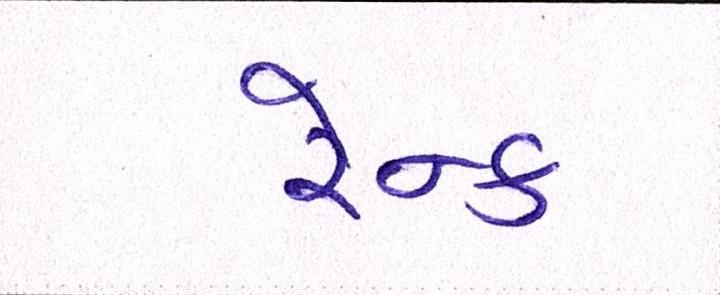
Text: રેન્ક